Document type: Sale
Year: 1323
Scribe: Guillem Coscoll
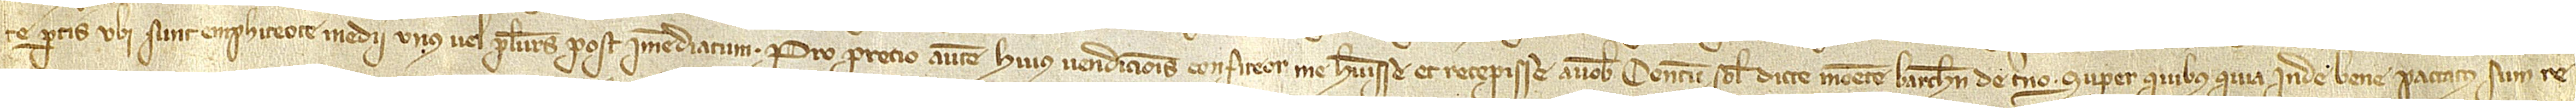
te partis ubi sunt emphiteote medii unus vel plures post immediatum. Pro precio autem huius vendicionis confiteor me habuisse et recepisse a vobis centum solidos dicte monete Barchinone de terno, super quibus qua inde bene paccatus sum re-